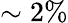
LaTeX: \sim 2\%